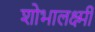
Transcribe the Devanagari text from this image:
शोभालक्ष्मी